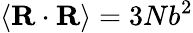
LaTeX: \langle\mathbf{R}\cdot\mathbf{R}\rangle=3Nb^{2}